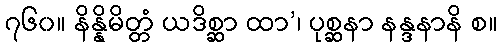
၇၆၀။ နိန္နိမိတ္တံ ယဒိစ္ဆာ ထာ’၊ ပုစ္ဆနာ နန္ဒနာနိ စ။